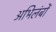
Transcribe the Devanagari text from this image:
अभिलंबों